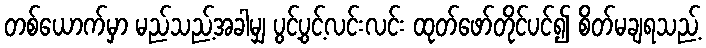
တစ်ယောက်မှာ မည်သည့်အခါမျှ ပွင့်ပွင့်လင်းလင်း ထုတ်ဖော်တိုင်ပင်၍ စိတ်မချရသည့်